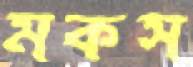
মকস